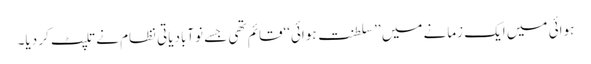
ہوائی میں ایک زمانے میں ’’سلطنت ہوائی‘‘قائم تھی جسے نوآبادیاتی نظام نے تلپٹ کر دیا۔